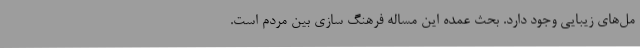
مل‌های زیبایی وجود دارد. بحث عمده این مساله فرهنگ سازی بین مردم است.